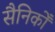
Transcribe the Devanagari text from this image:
सैनिकोँ